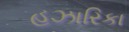
હઝારિકા